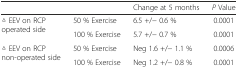
<table><thead><tr><td></td><td></td><td><b>Change at 5 months</b></td><td><b><i>P</i> Value</b></td></tr></thead><tbody><tr><td rowspan="2">△ EEV on RCP operated side</td><td>50 % Exercise</td><td>6.5 +/− 0.6 %</td><td>0.0001</td></tr><tr><td>100 % Exercise</td><td>5.7 +/− 0.7 %</td><td>0.0001</td></tr><tr><td rowspan="2">△ EEV on RCP non-operated side</td><td>50 % Exercise</td><td>Neg 1.6 +/− 1.1 %</td><td>0.0006</td></tr><tr><td>100 % Exercise</td><td>Neg 1.2 +/− 0.8 %</td><td>0.0001</td></tr></tbody></table>